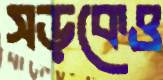
সড়কেও